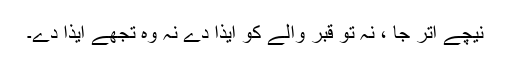
نیچے اُتر جا ، نہ تو قبر والے کو اِیذا دے نہ وہ تجھے اِیذا دے۔